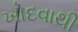
ખોદવાથી